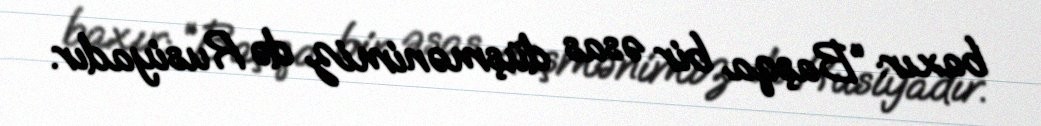
baxır: “Başqa bir əsas düşmənimiz də Rusiyadır.